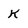
Character: k